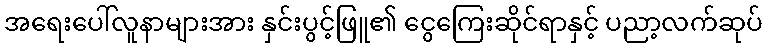
အရေးပေါ်လူနာများအား နှင်းပွင့်ဖြူ၏ ငွေကြေးဆိုင်ရာနှင့် ပညာ့လက်ဆုပ်